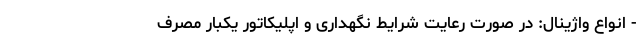
- انواع واژینال: در صورت رعایت شرایط نگهداری و اپلیکاتور یکبار مصرف